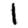
Digit: 1